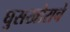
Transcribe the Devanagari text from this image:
घुसखोराचे